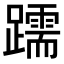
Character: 𫏧